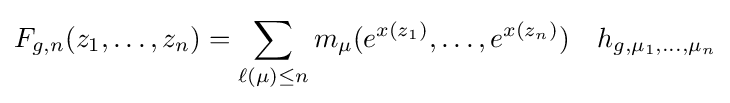
F_{g,n}(z_{1},\dots ,z_{n})=\sum _{\ell (\mu )\leq n}m_{\mu }(e^{x(z_{1})},\dots ,e^{x(z_{n})})\quad h_{g,\mu _{1},\dots ,\mu _{n}}